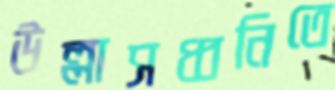
উল্লাসধ্বনিতে